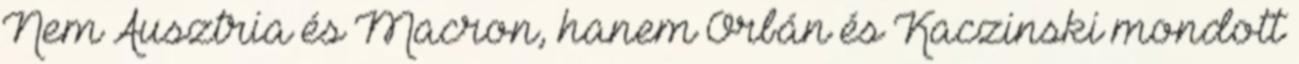
Nem Ausztria és Macron, hanem Orbán és Kaczinski mondott